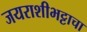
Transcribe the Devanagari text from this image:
जयराशीभट्टाचा